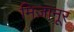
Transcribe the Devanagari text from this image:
मिज़ानूर